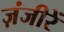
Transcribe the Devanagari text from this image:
ज़ंजीरें